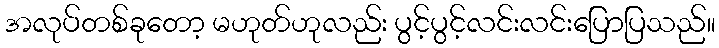
အလုပ်တစ်ခုတော့ မဟုတ်ဟုလည်း ပွင့်ပွင့်လင်းလင်းပြောပြသည်။